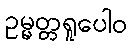
ဥမ္မတ္တရူပေါဝ